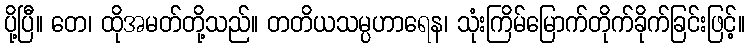
ပို့ပြီ။ တေ၊ ထိုအမတ်တို့သည်။ တတိယသမ္ပဟာရေန၊ သုံးကြိမ်မြောက်တိုက်ခိုက်ခြင်းဖြင့်။